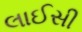
લાઈસી